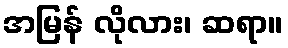
အမြန် လိုလား၊ ဆရာ။